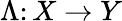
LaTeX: \Lambda\colon X\to Y